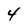
Character: 4